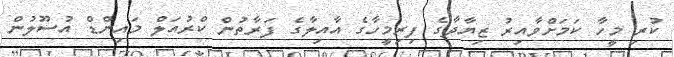
ކުރި މީހާ ކަމަށްވާއިރު ޒިޔާދާގެ ފިރިމީހާގެ އާއިލާގެ ފަރާތުން ކްރުއަލް މައިންޑް އުސޫލުން